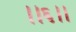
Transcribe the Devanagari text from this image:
।।६।।